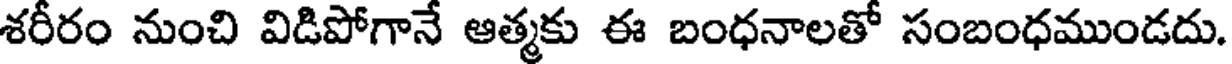
శరీరం నుంచి విడిపోగానే ఆత్మకు ఈ బంధనాలతో సంబంధముండదు.